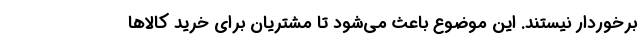
برخوردار نیستند. این موضوع باعث می‌شود تا مشتریان برای خرید کالاها